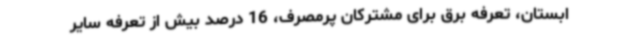
ابستان، تعرفه برق برای مشترکان پرمصرف، 16 درصد بیش از تعرفه سایر